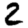
Digit: 2